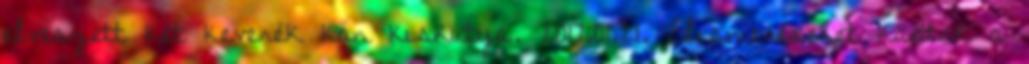
elveszett két keverék kan kiskutya. 2017.01.21. Elismeréseket kaptak a